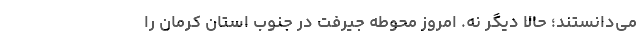
می‌دانستند؛ حالا دیگر نه. امروز محوطه جیرفت در جنوب استان کرمان را